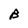
Character: B